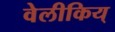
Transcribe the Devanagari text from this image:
वेलीकिय्